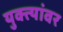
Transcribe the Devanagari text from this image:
युक्त्यांवर